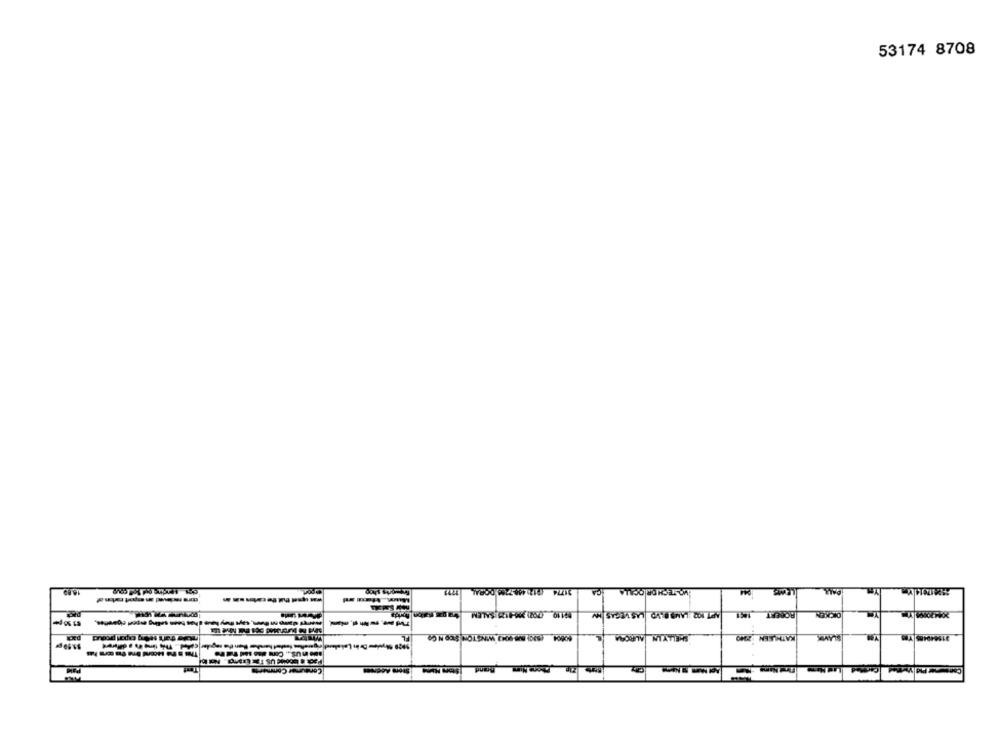
53174 8708
16.89
31774 (912:448-7288 DOBAL
CA
WO-TECH DR OCALA
$9119 (792) 300-0125-SALEM
APT KOELAMSO VO LAS VEGAS W
ROBERT
DICKEN
FL
60004 (SIC) BE-9043 WINSTON FICO N Co
SHELLY LA AURORA
KATHLEEN
Consumer Comments
Some Address
Brand